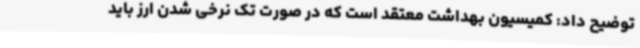
توضیح داد: کمیسیون بهداشت معتقد است که در صورت تک نرخی شدن ارز باید